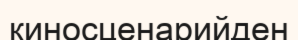
киносценарийден